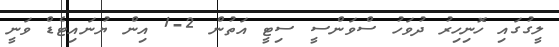
ލީގުގައި ހޮނިހިރު ދުވަހު ސްވަންސީ ސިޓީ އަތުން 2-1 އިން ޔުނައިޓެޑް ވަނީ